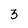
Character: 3